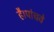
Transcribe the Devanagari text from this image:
है।पांचवे